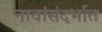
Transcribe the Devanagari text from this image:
नावांसंदर्भात